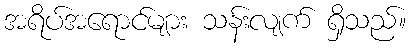
အရိပ်အရောင်များ သန်းလျက် ရှိသည်။